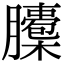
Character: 𦢭